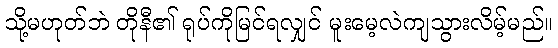
သို့မဟုတ်ဘဲ တိုနီ၏ ရုပ်ကိုမြင်ရလျှင် မူးမေ့လဲကျသွားလိမ့်မည်။